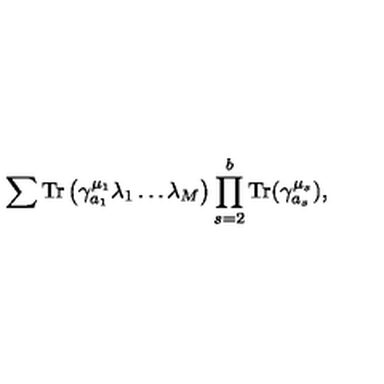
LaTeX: \sum \mathrm { T r } \left( \gamma _ { a _ { 1 } } ^ { \mu _ { 1 } } \lambda _ { 1 } \dots \lambda _ { M } \right) \prod _ { s = 2 } ^ { b } \mathrm { T r } ( \gamma _ { a _ { s } } ^ { \mu _ { s } } ) ,